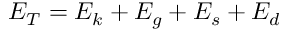
E _ { T } = E _ { k } + E _ { g } + E _ { s } + E _ { d }